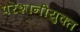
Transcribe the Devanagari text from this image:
परेशानीयुक्त